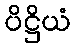
ပိဋ္ဌိယံ